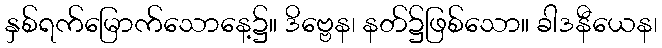
နှစ်ရက်မြောက်သောနေ့၌။ ဒိဗ္ဗေန၊ နတ်၌ဖြစ်သော။ ခါဒနီယေန၊